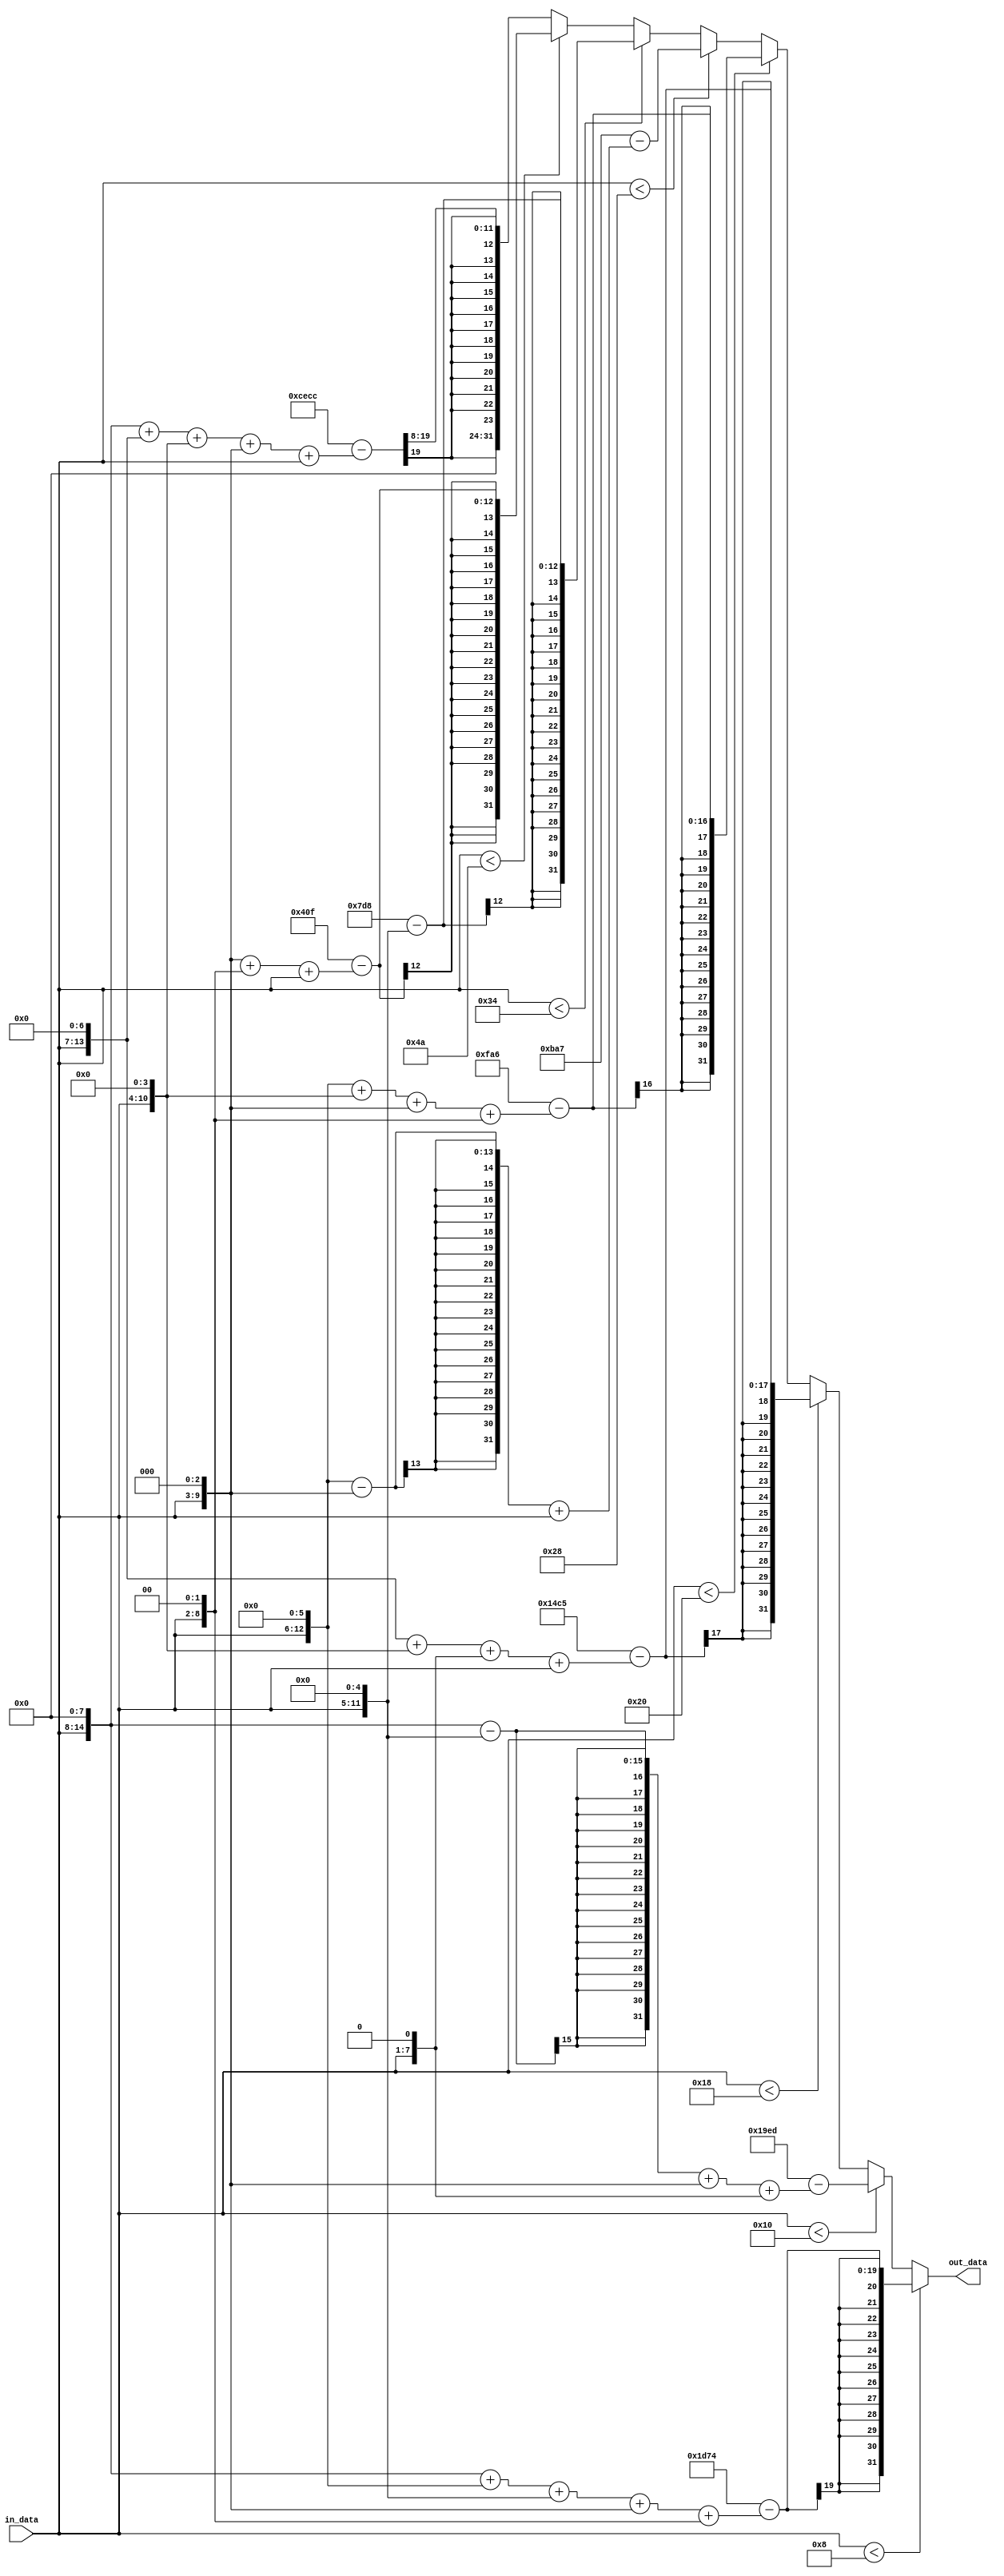
module lin2exp(in_data, out_data);

input wire [6:0] in_data;
output wire [31:0] out_data;

//wire [31:0] line1 = 7540 - (in_data * 364);
wire [31:0] line1 = 7540 - ({in_data,8'b0}+{in_data,6'b0}+{in_data,5'b0}+{in_data,3'b0}+{in_data,2'b0});

//wire [31:0] line2 = 6637 - (in_data * 235);
wire [31:0] line2 = 6637 - ({in_data,8'b0}-{in_data,5'b0}+{in_data,3'b0}+{in_data,1'b0});

//wire [31:0] line3 = 5317 - (in_data * 147);
wire [31:0] line3 = 5317 - ({in_data,7'b0}+{in_data,4'b0}+{in_data,1'b0}+in_data);

//wire [31:0] line4 = 4006 - (in_data * 90);
wire [31:0] line4 = 4006 - ({in_data,6'b0}+{in_data,4'b0}+{in_data,3'b0}+{in_data,2'b0});

//wire [31:0] line5 = 2983 - (in_data * 57);
wire [31:0] line5 = 2983 - ({in_data,6'b0}-{in_data,3'b0}+in_data);

//wire [31:0] line6 = 2008 - (in_data * 32);
wire [31:0] line6 = 2008 - ({in_data,5'b0});

//wire [31:0] line7 = 1039 - (in_data * 13);
wire [31:0] line7 = 1039 - ({in_data,3'b0}+{in_data,2'b0}+in_data);

//wire [31:0] line8 = 207 - (in_data * 2);
//real 206,8 - (in_data * 1,6)
wire [31:0] line8 = (16'hCECC - ( {in_data,8'b0} + {in_data,7'b0} + {in_data,4'b0} + {in_data,3'b0} + in_data ) ) >> 8;



assign out_data = (in_data <  8) ?  line1 :
                  (in_data < 16) ?  line2 :
                  (in_data < 24) ?  line3 :
                  (in_data < 32) ?  line4 :
                  (in_data < 40) ?  line5 :
                  (in_data < 52) ?  line6 :
                  (in_data < 74) ?  line7 :
                                    line8;
									 
endmodule

/*


; ACC = ACC * 364
; Add input * 256 to accumulator   <<  8    {in_data,8'b0}
; Add input * 64 to accumulator    <<  6    {in_data,6'b0}
; Add input * 32 to accumulator    <<  5    {in_data,5'b0}
; Add input * 8 to accumulator     <<  3    {in_data,3'b0}
; Add input * 4 to accumulator     <<  2    {in_data,2'b0}

; ACC = ACC * 235
; Add input * 256 to accumulator          <<  8    {in_data,8'b0}
; Substract input * 32 from accumulator   <<  5    {in_data,5'b0}
; Add input * 8 to accumulator            <<  3    {in_data,3'b0}
; Add input * 2 to accumulator            <<  1    {in_data,1'b0}

; ACC = ACC * 147
; Add input * 128 to accumulator   <<  7    {in_data,7'b0}
; Add input * 16 to accumulator    <<  4    {in_data,4'b0}
; Add input * 2 to accumulator     <<  1    {in_data,1'b0}
; Add input * 1 to accumulator               in_data

; ACC = ACC * 90
; Add input * 64 to accumulator    <<  6    {in_data,6'b0}
; Add input * 16 to accumulator    <<  4    {in_data,4'b0}
; Add input * 8 to accumulator     <<  3    {in_data,3'b0}
; Add input * 2 to accumulator     <<  2    {in_data,2'b0}

; ACC = ACC * 57
; Add input * 64 to accumulator         <<  6    {in_data,6'b0}
; Substract input * 8 from accumulator  <<  3    {in_data,3'b0}
; Add input * 1 to accumulator                    in_data

; ACC = ACC * 13
; Add input * 8 to accumulator     <<  3    {in_data,3'b0}
; Add input * 4 to accumulator     <<  2    {in_data,2'b0}
; Add input * 1 to accumulator               in_data


; ACC = ACC * 1.6       01 99h
    8  
; Add input * 1 to accumulator     << 8 
; Add input / 2 to accumulator     << 8 >> 1    >> 7
; Add input / 16 to accumulator    << 8 >> 4    >> 4
; Add input / 32 to accumulator    << 8 >> 5    >> 3
; Add input / 256 to accumulator   << 8 >> 8    >> 0
*/